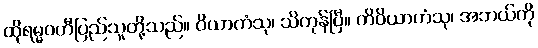
ထိုရမ္မဝတီပြည်သူတို့သည်။ ဝိယာကံသု၊ သိကုန်ပြီ။ ကိဝိယာကံသု၊ အဘယ်ကို